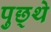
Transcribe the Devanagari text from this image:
पुछ्थे